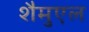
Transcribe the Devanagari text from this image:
शैमुएल